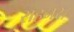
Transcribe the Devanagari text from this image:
राहनर।